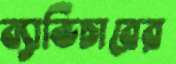
ব্যাভিচারের